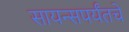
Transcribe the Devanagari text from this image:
सायन्सपर्यंतचे